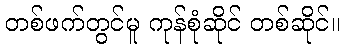
တစ်ဖက်တွင်မူ ကုန်စုံဆိုင် တစ်ဆိုင်။